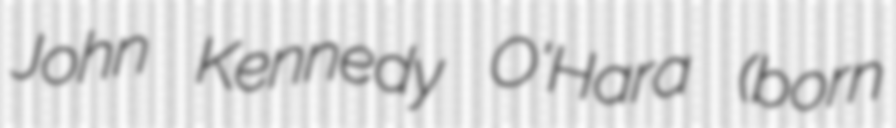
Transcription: John Kennedy O'Hara (born